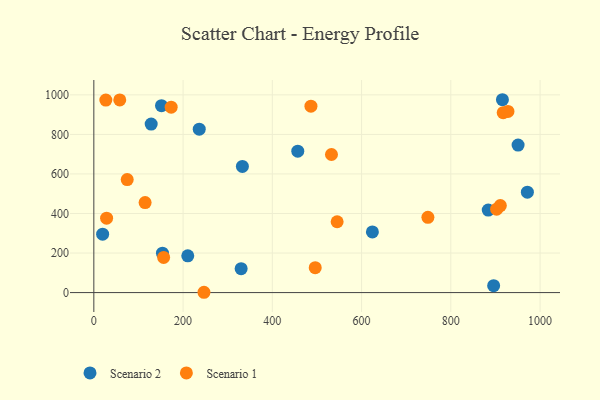
{"axis": {"x": "Distance", "y": "Sales"}, "legend": ["Scenario 1", "Scenario 2"], "data": [{"x": "330.1", "y": 121.2, "type": "Scenario 2"}, {"x": "883.8", "y": 417.4, "type": "Scenario 2"}, {"x": "236.2", "y": 826.6, "type": "Scenario 2"}, {"x": "19.7", "y": 295.5, "type": "Scenario 2"}, {"x": "151.6", "y": 945.5, "type": "Scenario 2"}, {"x": "624.2", "y": 306.7, "type": "Scenario 2"}, {"x": "457.0", "y": 715.0, "type": "Scenario 2"}, {"x": "971.5", "y": 508.0, "type": "Scenario 2"}, {"x": "950.7", "y": 745.8, "type": "Scenario 2"}, {"x": "332.9", "y": 637.9, "type": "Scenario 2"}, {"x": "915.6", "y": 975.4, "type": "Scenario 2"}, {"x": "210.5", "y": 185.9, "type": "Scenario 2"}, {"x": "128.5", "y": 852.4, "type": "Scenario 2"}, {"x": "895.9", "y": 34.9, "type": "Scenario 2"}, {"x": "153.8", "y": 199.2, "type": "Scenario 2"}, {"x": "114.9", "y": 455.3, "type": "Scenario 1"}, {"x": "26.9", "y": 973.8, "type": "Scenario 1"}, {"x": "910.9", "y": 440.0, "type": "Scenario 1"}, {"x": "486.5", "y": 943.0, "type": "Scenario 1"}, {"x": "173.3", "y": 937.6, "type": "Scenario 1"}, {"x": "917.3", "y": 909.8, "type": "Scenario 1"}, {"x": "156.4", "y": 177.6, "type": "Scenario 1"}, {"x": "58.1", "y": 974.4, "type": "Scenario 1"}, {"x": "74.8", "y": 571.6, "type": "Scenario 1"}, {"x": "902.6", "y": 421.8, "type": "Scenario 1"}, {"x": "748.6", "y": 380.6, "type": "Scenario 1"}, {"x": "28.6", "y": 376.4, "type": "Scenario 1"}, {"x": "246.8", "y": 1.6, "type": "Scenario 1"}, {"x": "545.2", "y": 358.2, "type": "Scenario 1"}, {"x": "496.1", "y": 125.8, "type": "Scenario 1"}, {"x": "928.0", "y": 916.3, "type": "Scenario 1"}, {"x": "532.5", "y": 698.4, "type": "Scenario 1"}]}